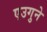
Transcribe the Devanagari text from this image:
एउगुने